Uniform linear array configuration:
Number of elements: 24
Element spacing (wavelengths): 0.5
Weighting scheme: blackman
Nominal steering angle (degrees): -45
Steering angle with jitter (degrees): -46.072
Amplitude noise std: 0.05
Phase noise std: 0.05

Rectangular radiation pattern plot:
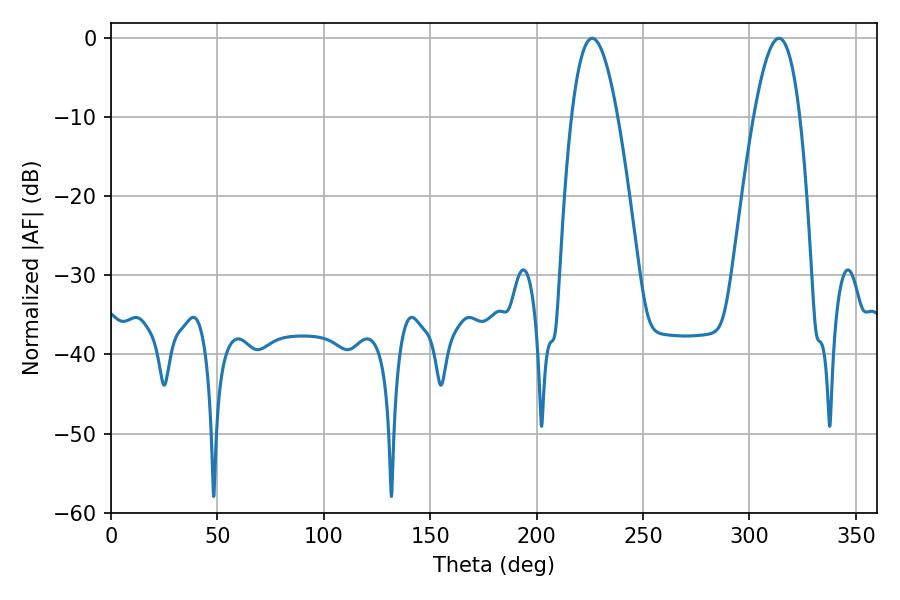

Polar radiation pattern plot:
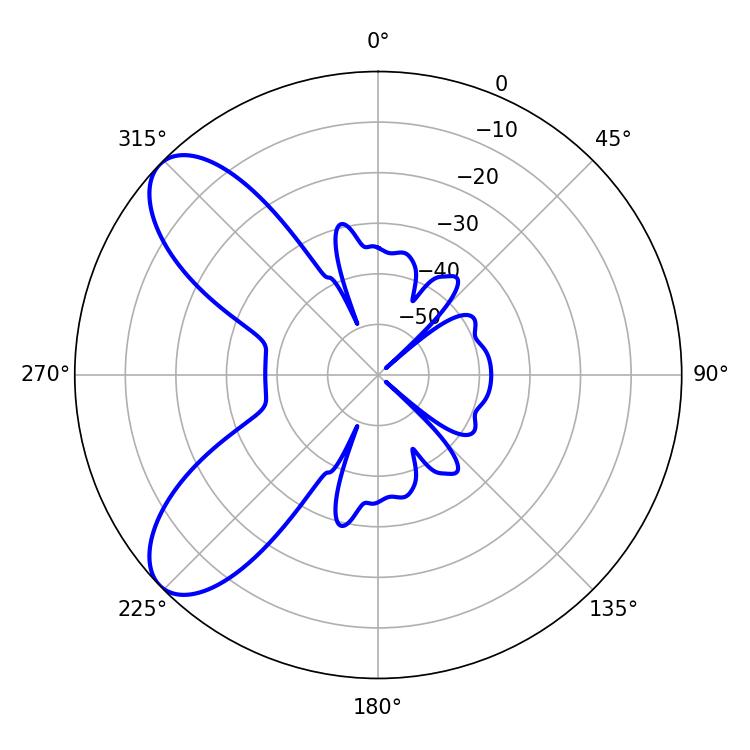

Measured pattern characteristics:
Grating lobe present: FALSE
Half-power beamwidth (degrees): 11.88
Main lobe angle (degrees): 226.08